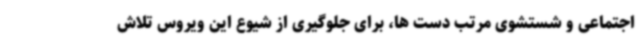
اجتماعی و شستشوی مرتب دست ها، برای جلوگیری از شیوع این ویروس تلاش